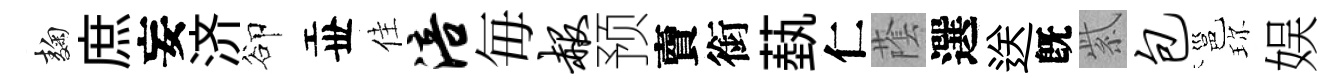
麹庶妄济卻丗佳涪毎赧预𧶠銜蓺仁䕃選送旣紫包邕珎娱